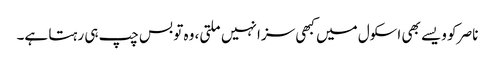
ناصر کو ویسے بھی اسکول میں کبھی سزا نہیں ملتی، وہ تو بس چپ ہی رہتا ہے۔